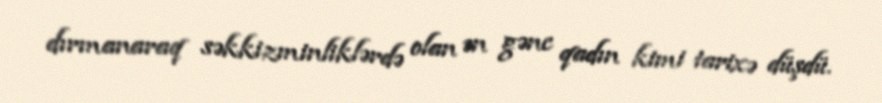
dırmanaraq səkkizminliklərdə olan ən gənc qadın kimi tarixə düşdü.